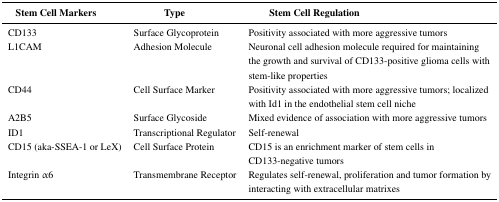
| Stem Cell Markers | Type | Stem Cell Regulation |
 | --- | --- | --- |
 | CD133 | Surface Glycoprotein | Positivity associated with more aggressive tumors |
 | L1CAM | Adhesion Molecule | Neuronal cell adhesion molecule required for maintaining the growth and survival of CD133-positive glioma cells with stem-like properties |
 | CD44 | Cell Surface Marker | Positivity associated with more aggressive tumors; localized with Id1 in the endothelial stem cell niche |
 | A2B5 | Surface Glycoside | Mixed evidence of association with more aggressive tumors |
 | ID1 | Transcriptional Regulator | Self-renewal |
 | CD15 (aka-SSEA-1 or LeX) | Cell Surface Protein | CD15 is an enrichment marker of stem cells in CD133-negative tumors |
 | Integrin α6 | Transmembrane Receptor | Regulates self-renewal, proliferation and tumor formation by interacting with extracellular matrixes |